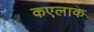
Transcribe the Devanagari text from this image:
कएलाक